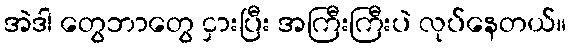
အဲဒါ တွေဘာတွေ ငှားပြီး အကြီးကြီးပဲ လုပ်နေတယ်။